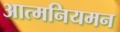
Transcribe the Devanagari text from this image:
आत्मनियमन